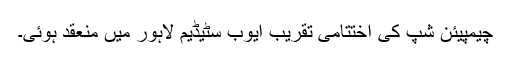
چیمپیئن شپ کی اختتامی تقریب ایوب سٹیڈیم لاہور میں منعقد ہوئی۔